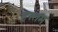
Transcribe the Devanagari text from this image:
हस्तम